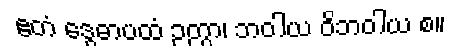
ဧတံ ဒွေဓာပထံ ဉတွာ၊ ဘဝါယ ဝိဘဝါယ စ။